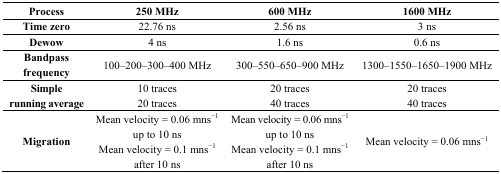
| Process | 250 MHz | 600 MHz | 1600 MHz |
 | --- | --- | --- | --- |
 | Time zero | 22.76 ns | 2.56 ns | 3 ns |
 | Dewow | 4 ns | 1.6 ns | 0.6 ns |
 | Bandpass frequency | 100–200–300–400 MHz | 300–550–650–900 MHz | 1300–1550–1650–1900 MHz |
 | Simple running average | 10 traces 20 traces | 20 traces 40 traces | 20 traces 40 traces |
 | Migration | Mean velocity = 0.06 mns−1 up to 10 ns Mean velocity = 0.1 mns−1 after 10 ns | Mean velocity = 0.06 mns−1 up to 10 ns Mean velocity = 0.1 mns−1 after 10 ns | Mean velocity = 0.06 mns−1 |